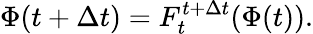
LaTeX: \Phi(t+\Delta t)=F_{t}^{t+\Delta t}(\Phi(t)).